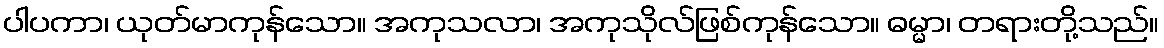
ပါပကာ၊ ယုတ်မာကုန်သော။ အကုသလာ၊ အကုသိုလ်ဖြစ်ကုန်သော။ ဓမ္မာ၊ တရားတို့သည်။